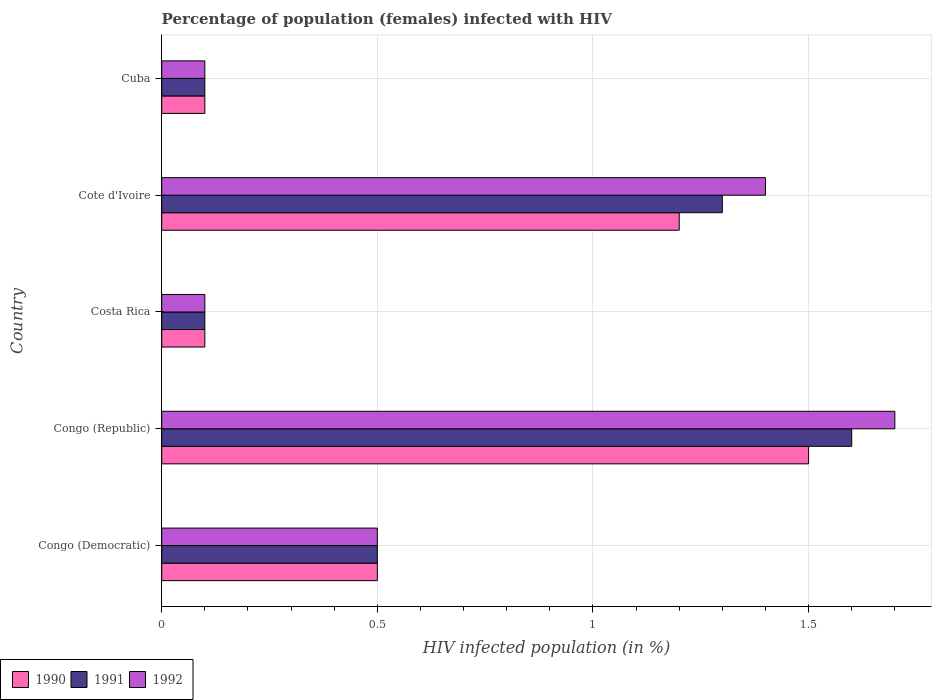
| Country | 1990 | 1991 | 1992 |
 | --- | --- | --- | --- |
 | Congo (Democratic) | 0.5 | 0.5 | 0.5 |
 | Congo (Republic) | 1.5 | 1.6 | 1.7 |
 | Costa Rica | 0.1 | 0.1 | 0.1 |
 | Cote d'Ivoire | 1.2 | 1.3 | 1.4 |
 | Cuba | 0.1 | 0.1 | 0.1 |